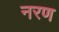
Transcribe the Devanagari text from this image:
नरण